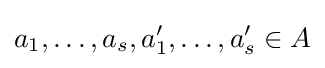
a_{1},\ldots ,a_{s},a_{1}',\ldots ,a_{s}'\in A